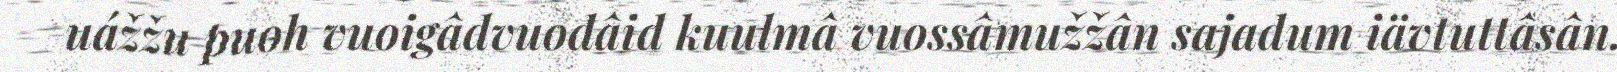
uážžu puoh vuoigâdvuođâid kuulmâ vuossâmužžân sajadum iävtuttâsân.